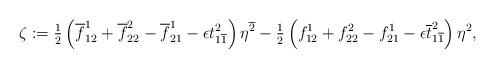
LaTeX: \begin{align*} \zeta:=\tfrac{1}{2}\left(\overline{f}^1_{12}+\overline{f}^2_{22}-\overline{f}^1_{21}-\epsilon t^2_{1\overline{1}}\right)\eta^{\overline{2}} -\tfrac{1}{2}\left(f^1_{12}+f^2_{22}-f^1_{21}-\epsilon\overline{t}^2_{1\overline{1}}\right)\eta^{2},\end{align*}